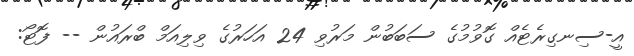
އީ-ސިނގިރެޓެއް ގޮވުމުގެ ސަބަބުން މަރުވި 24 އަހަރުގެ ވިލިއަމް ބްރައުން -- ފޮޓޯ: